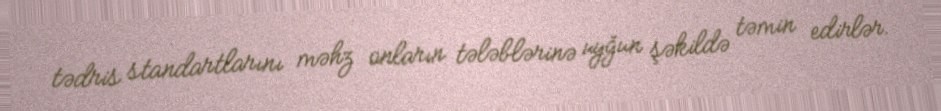
tədris standartlarını məhz onların tələblərinə uyğun şəkildə təmin edirlər.